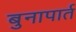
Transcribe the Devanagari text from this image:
बुनापार्त